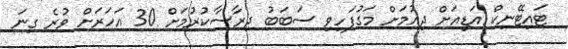
ޓައިޓޭނިކް އަޑިއަށް ދިއުމަށް މަގުފަހިވި ސަބަބު ދިރާސާކުރުމަށް 30 އަހަރަށް ވުރެ ގިނަ